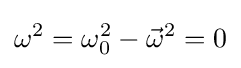
\omega ^{2}=\omega _{0}^{2}-{\vec {\omega }}^{2}=0